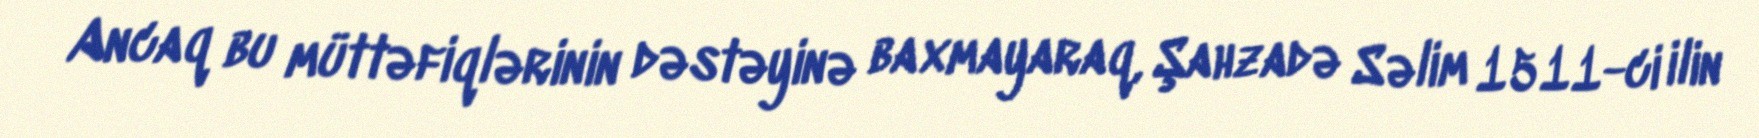
Ancaq bu müttəfiqlərinin dəstəyinə baxmayaraq, Şahzadə Səlim 1511-ci ilin